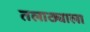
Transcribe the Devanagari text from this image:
तलाठ्याला